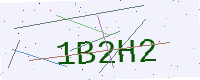
Text: 1B2H2